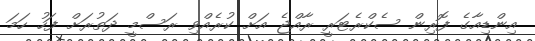
އިންޑިއާގެ ފޮރިން ސެކްރެޓަރީ ރާއްޖެ އަށް ކުރެއްވި ރަސްމީ ދަތުރަށް ފަހު ހަމަ